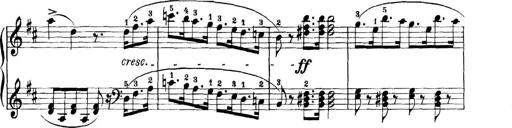
Title: 11 Sonatinas
Composer: Anton Diabelli